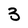
Character: 3